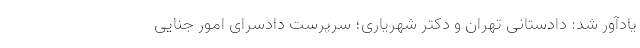
یادآور شد: دادستانی تهران و دکتر شهریاری؛ سرپرست دادسرای امور جنایی